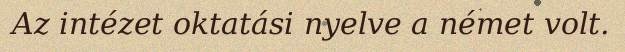
Az intézet oktatási nyelve a német volt.